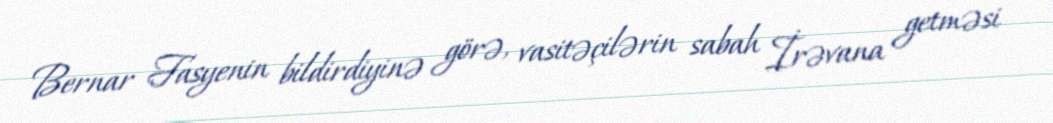
Bernar Fasyenin bildirdiyinə görə, vasitəçilərin sabah İrəvana getməsi